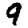
Digit: 9